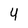
Character: 4